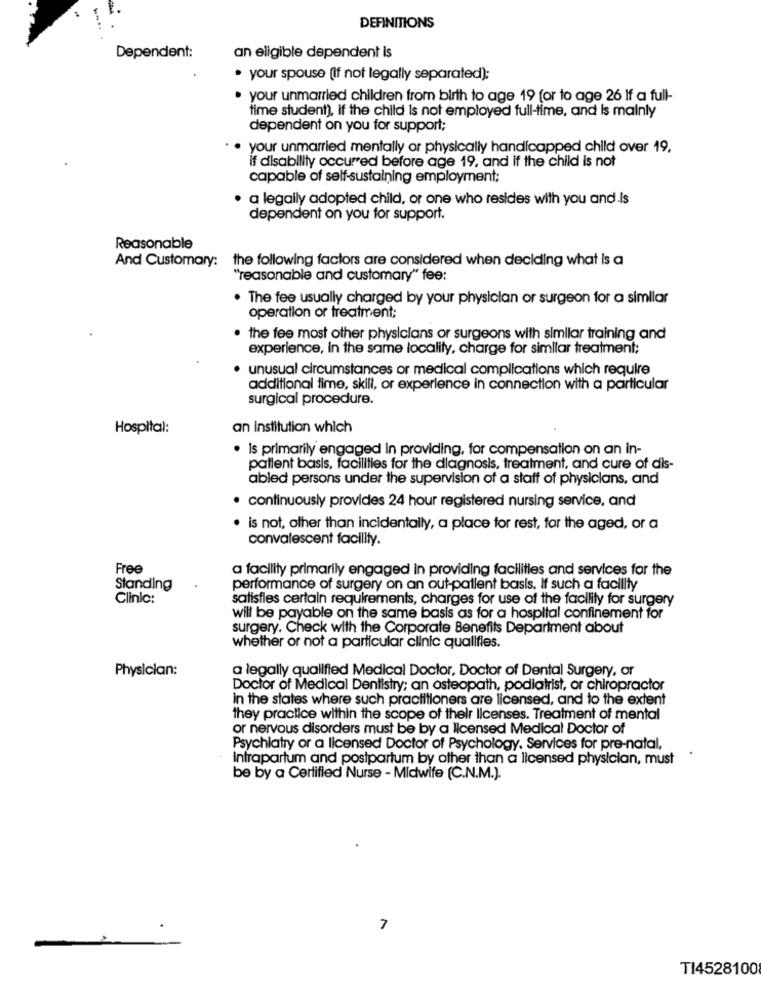
-
.
DEFINITIONS
Dependent:
an eligible dependent is
· your spouse (if not legally separated);
· your unmarried children from birth to age 19 [or to age 26 If a full-
time student), if the child is not employed full-time, and is mainly
dependent on you for support;
your unmarried mentally or physically handicapped child over 19,
if disability occurred before age 19. and if the child is not
capable of self-sustaining employment;
· a legally adopted child, or one who resides with you and.is
dependent on you for support.
Reasonable
And Customary: the following factors are considered when deciding what Is a
"reasonable and customary" fee:
. The fee usually charged by your physician or surgeon for a similar
operation or treatment;
. the fee most other physicians or surgeons with similar training and
experience, in the same locality, charge for simllar treatment;
· unusual circumstances or medical complications which require
additional time, skill, or experience in connection with a particular
surgical procedure.
Hospital:
an institution which
· Is primarily engaged in providing, for compensation on an in-
patient basis, facilities for the diagnosis, treatment, and cure of dis-
abled persons under the supervision of a staff of physicians, and
· continuously provides 24 hour registered nursing service, and
· is not, other than incidentally, a place for rest, for the aged, or a
convalescent facility.
Free
a facility primarily engaged in providing facilities and services for the
Standing
performance of surgery on an out-patient basis. If such a facility
Clinic:
satisfies certain requirements, charges for use of the facility for surgery
will be payable on the same basis as for a hospital confinement for
surgery. Check with the Corporate Benefits Department about
whether or not a particular clinic qualifies.
Physician:
a legally qualified Medical Doctor, Doctor of Dental Surgery, or
Doctor of Medical Dentistry; an osteopath, podiatrist, or chiropractor
in the states where such practitioners are licensed, and to the extent
they practice within the scope of their licenses. Treatment of mental
or nervous disorders must be by a licensed Medical Doctor of
Psychiatry or a licensed Doctor of Psychology. Services for pre-natal,
intrapartum and postpartum by other than a licensed physician, must
be by a Certified Nurse - Midwife (C.N.M.).
7
TI4528100